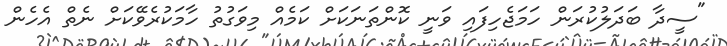
"ސީދާ ބަދަލުކުރަން ހަމަޖެހިފައި ވަނީ ކޮންތަނަކަށް ކަމެއް މިވަގުތު ހާމަކުރެވޭކަށް ނެތް އެހެން